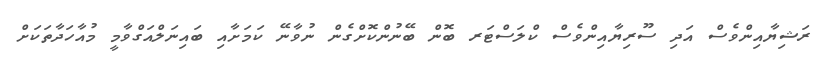
ރަޝިޔާއިންވެސް އަދި ސޫރިޔާއިންވެސް ކްލަސްޓަރ ބޮން ބޭނުންކޮށްގެން ނުވާނޭ ކަމަށާއި ބައިނަލްއަގްވާމީ މުއާހަދާތަކަށް